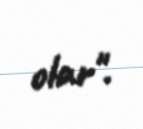
olar".